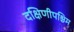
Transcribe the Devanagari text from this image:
दक्षिणीपश्चिम